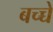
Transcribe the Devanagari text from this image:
बच्च्चे